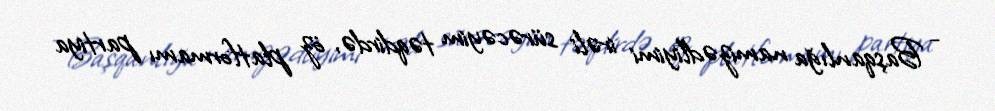
- Başqanlığa namizədliyimi irəli sürəcəyim təqdirdə, öz platformamı partiya